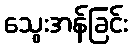
သွေးအန်ခြင်း